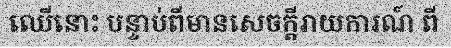
ឈើនោះ បន្ទាប់ពីមានសេចក្តីរាយការណ៍ ពី